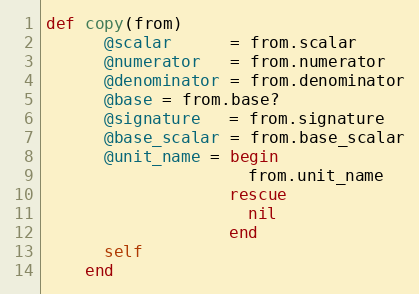
Language: Ruby
def copy(from)
      @scalar      = from.scalar
      @numerator   = from.numerator
      @denominator = from.denominator
      @base = from.base?
      @signature   = from.signature
      @base_scalar = from.base_scalar
      @unit_name = begin
                     from.unit_name
                   rescue
                     nil
                   end
      self
    end